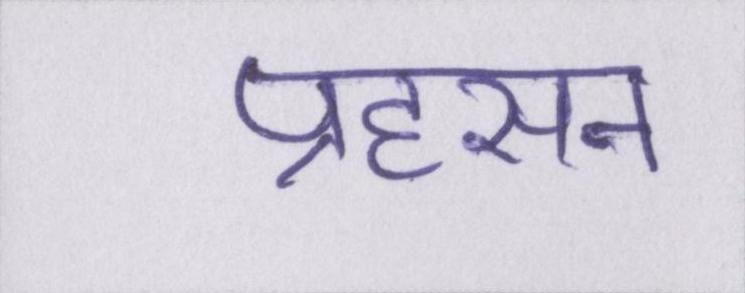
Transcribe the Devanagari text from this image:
प्रहसन